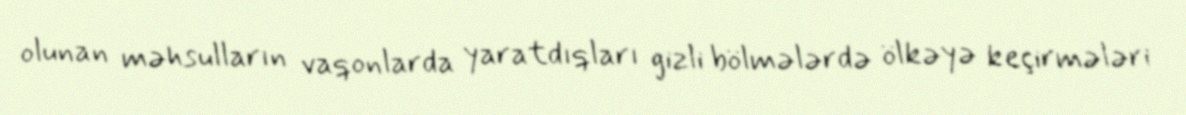
olunan məhsulların vaqonlarda yaratdıqları gizli bölmələrdə ölkəyə keçirmələri